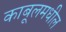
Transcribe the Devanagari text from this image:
काबूलमधील